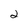
Character: 2